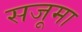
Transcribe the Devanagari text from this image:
सजूमा